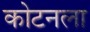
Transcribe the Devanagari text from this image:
कोटनला